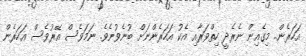
އަހަރެން.. މިގެއިން ނެރެދީ ހިތްވަރާއި އެކު އަހަރެންނަށް ބުނެވުނެވެ. ނަމަވެސް އޭރުވެސް އަހަރެން